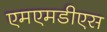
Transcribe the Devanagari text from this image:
एमएमडीएस